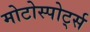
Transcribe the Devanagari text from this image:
मोटोस्पोर्ट्स